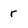
Character: r